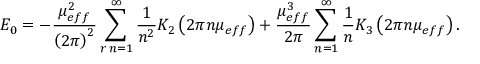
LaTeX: E _ { 0 } = - \frac { \mu _ { e f f } ^ { 2 } } { \left( 2 \pi \right) ^ { 2 } } \sum _ { r \, n = 1 } ^ { \infty } \frac { 1 } { n ^ { 2 } } K _ { 2 } \left( 2 \pi n \mu _ { e f f } \right) + \frac { \mu _ { e f f } ^ { 3 } } { 2 \pi } \sum _ { n = 1 } ^ { \infty } \frac { 1 } { n } K _ { 3 } \left( 2 \pi n \mu _ { e f f } \right) .